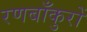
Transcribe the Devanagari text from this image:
रणबाँकुरों